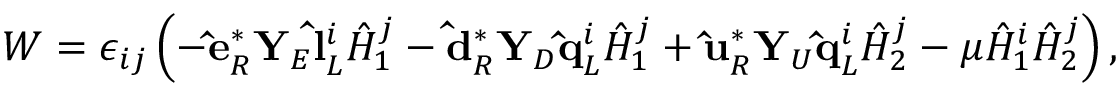
W = \epsilon _ { i j } \left( - { \bf \hat { e } } _ { R } ^ { * } { \bf Y } _ { E } { \bf \hat { l } } _ { L } ^ { i } { \hat { H } } _ { 1 } ^ { j } - { \bf \hat { d } } _ { R } ^ { * } { \bf Y } _ { D } { \bf \hat { q } } _ { L } ^ { i } { \hat { H } } _ { 1 } ^ { j } + { \bf \hat { u } } _ { R } ^ { * } { \bf Y } _ { U } { \bf \hat { q } } _ { L } ^ { i } { \hat { H } } _ { 2 } ^ { j } - \mu { \hat { H } } _ { 1 } ^ { i } { \hat { H } } _ { 2 } ^ { j } \right) ,